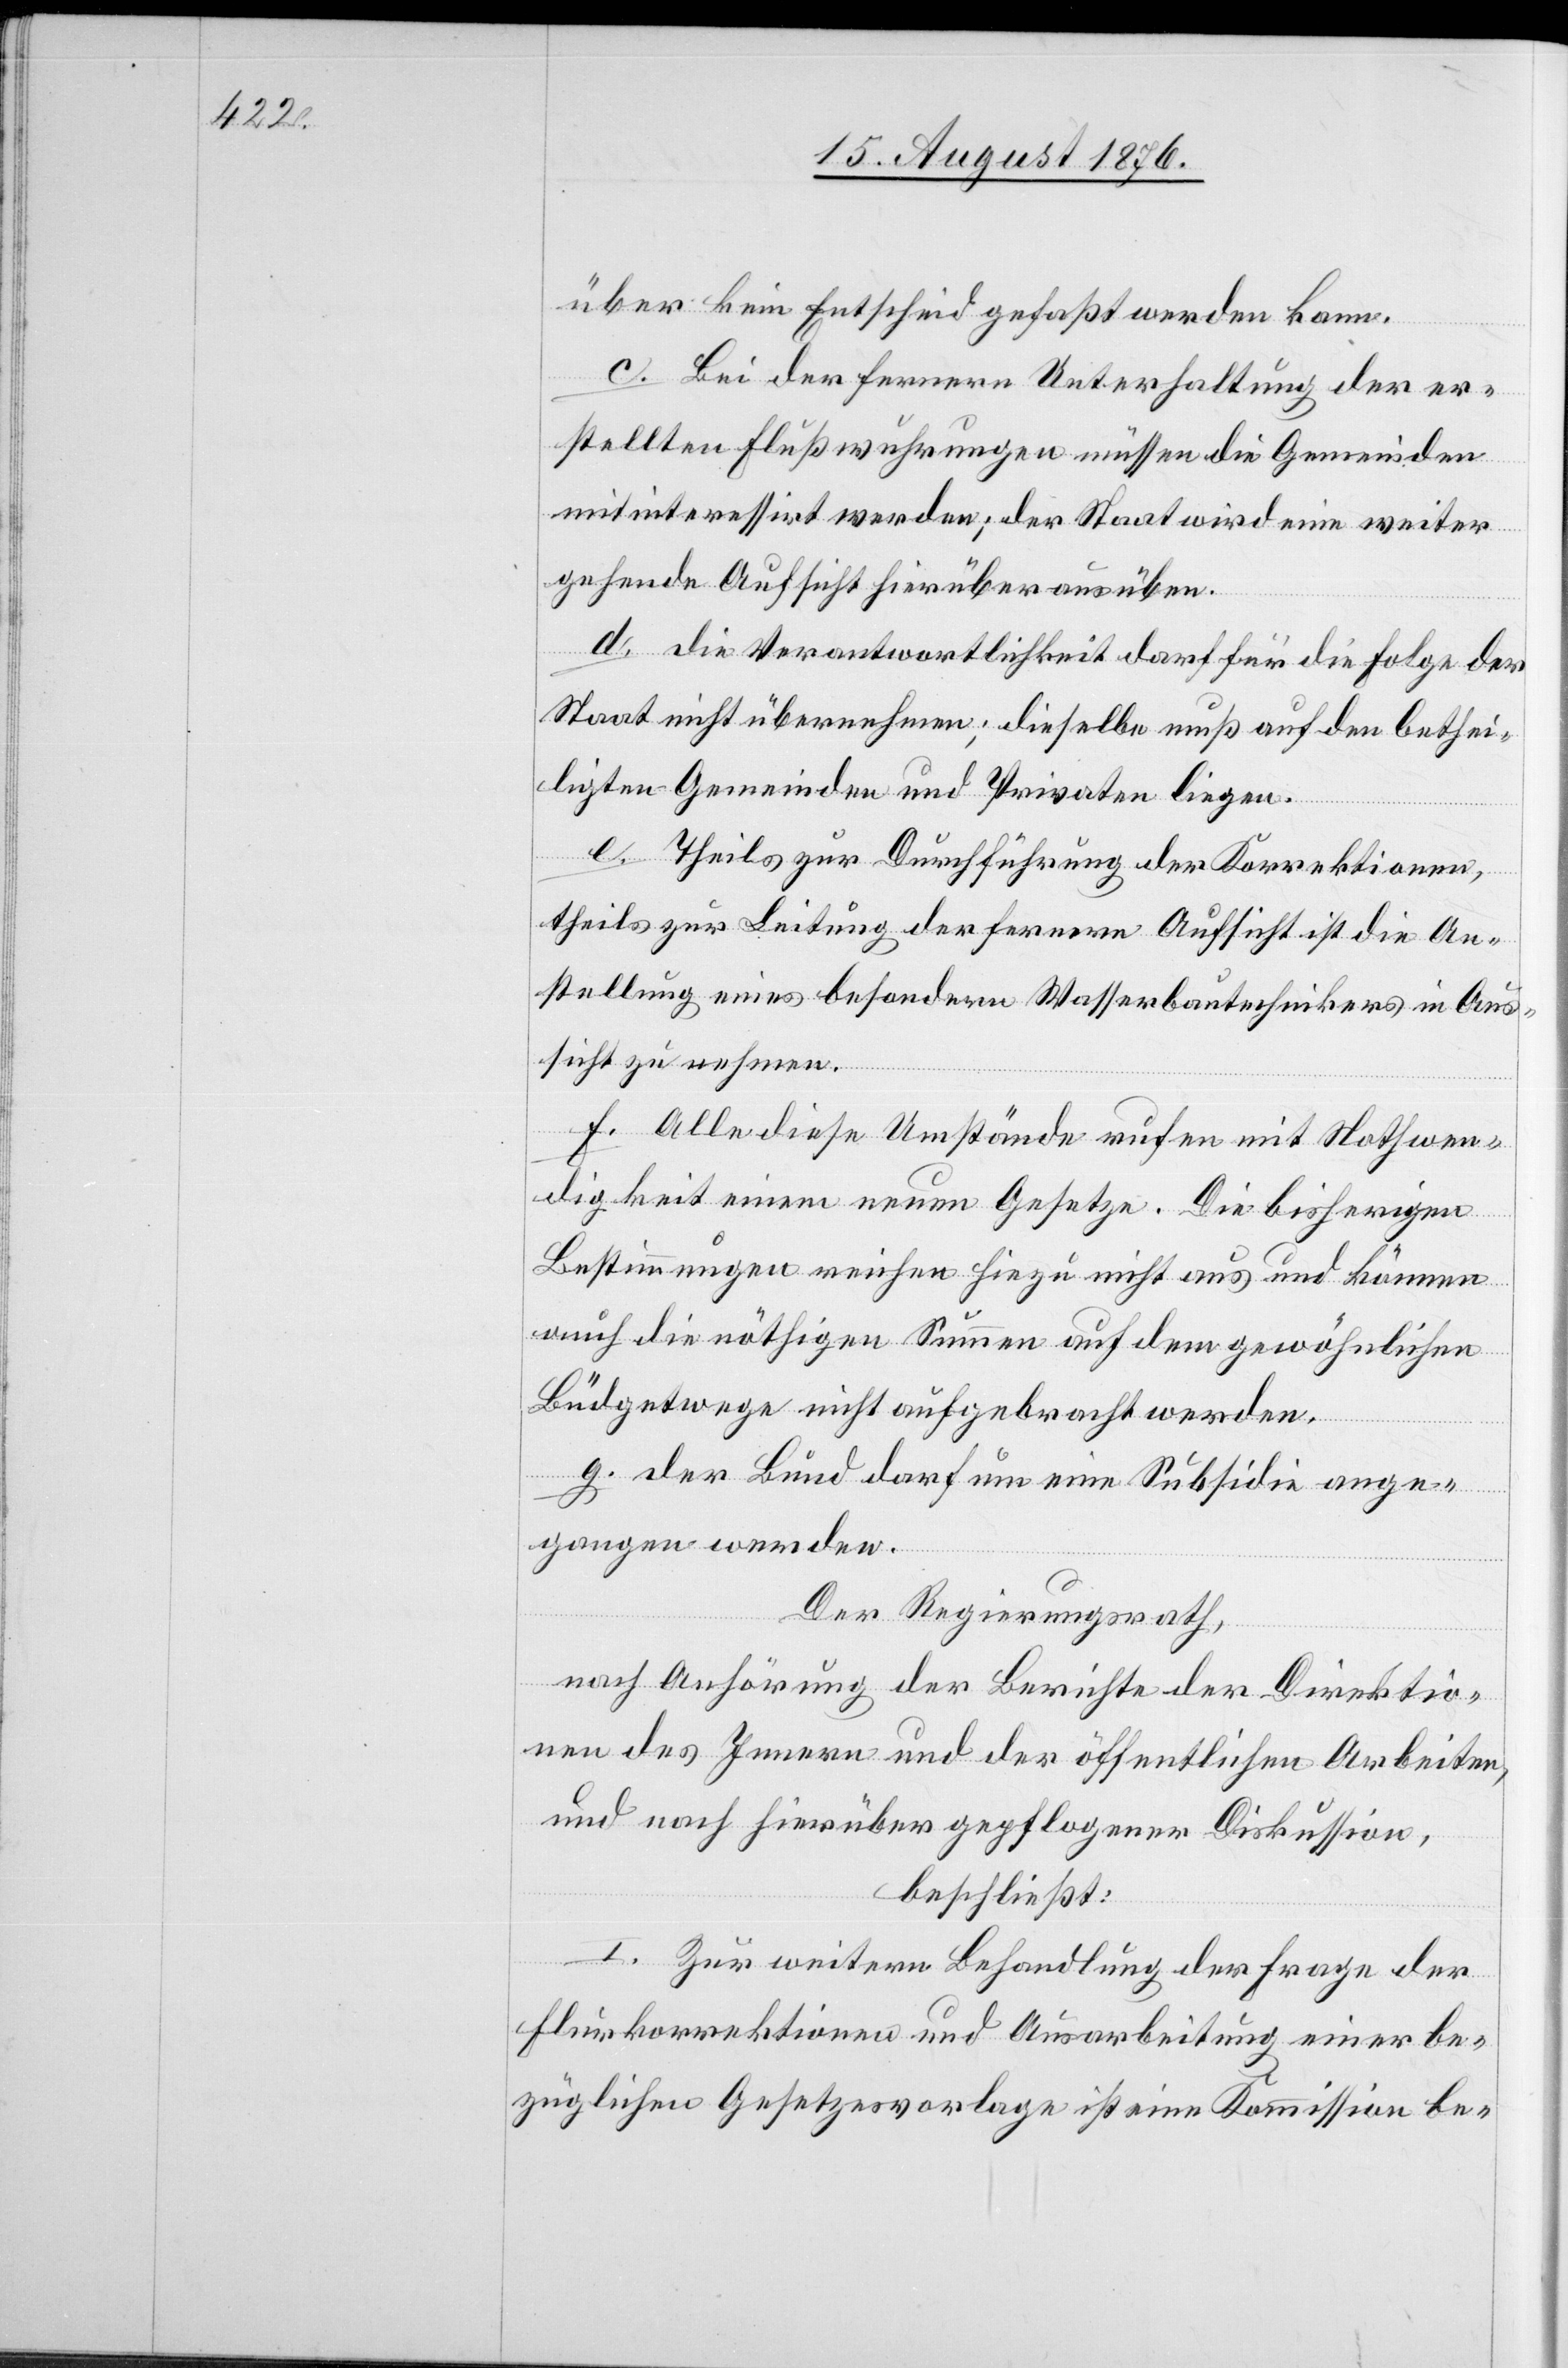
über kein Entscheid gefaßt werden kann.
c. Bei der fernern Unterhaltung der er¬
stellten Flußwuhrungen müssen die Gemeinden
mitinteressirt werden; der Staat wird eine weiter
gehende Aufsicht hierüber ausüben.
d. die Verantwortlichkeit darf für die Folge der
Staat nicht übernehmen: dieselbe muß auf den bethei¬
ligten Gemeinden und Privaten liegen.
e. Theils zur Durchführung der Korrektionen,
theils zur Leitung der fernern Aufsicht ist die An¬
stellung eines besondern Wasserbautechnikers in Aus¬
sicht zu nehmen.
f. Alle diese Umstände rufen mit Nothwen¬
digkeit [nach] einem neuen Gesetze. Die bisherigen
Bestimmungen reichen hiezu nicht aus und können
[sic!] die nöthigen Summen auf dem gewöhnlichen
Büdgetwege nicht aufgebracht werden.
g. der Bund darf um eine Subsidie ange¬
gangen werden.
Der Regierungsrath,
nach Anhörung der Berichte der Direktio¬
nen des Innern und der öffentlichen Arbeiten,
und nach hierüber gepflogener Diskussion,
beschließt:
I. Zur weitern Behandlung der Frage der
Flurkorrektionen und Ausarbeitung einer be¬
züglichen Gesetzesvorlage ist eine Kommission be-